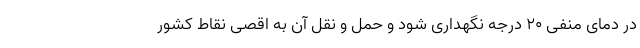
در دمای منفی ۲۰ درجه نگهداری شود و حمل و نقل آن به اقصی نقاط کشور